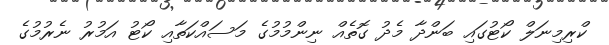
ކްރިމިނަލް ކޯޓުގައި ބަންދާ މެދު ގޮތެއް ނިންމުމުގެ މަސައްކަތާއި ކޯޓު އަމުރު ނެރުމުގެ